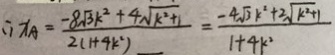
\therefore x _ { A } = \frac { - 8 \sqrt { 3 } k ^ { 2 } + 4 \sqrt { k ^ { 2 } + 1 } } { 2 ( 1 + 4 k ^ { 2 } ) } = \frac { - 4 \sqrt { 3 } k ^ { 2 } + 2 \sqrt { k ^ { 2 } + 1 } } { 1 + 4 k ^ { 2 } }